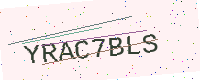
Text: YRAC7BLS